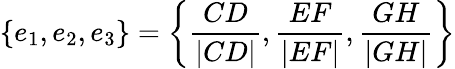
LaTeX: \{ e_{1},e_{2},e_{3}\} =\left\{ \frac{CD}{|CD|},\frac{EF}{|EF|},\frac{GH}{|GH|}\right\}